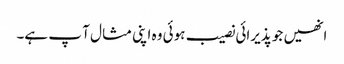
انھیں جو پذیرائی نصیب ہوئی وہ اپنی مثا ل آ پ ہے۔